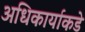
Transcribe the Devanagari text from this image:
अधिकार्याकडे